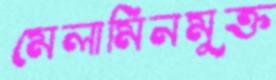
মেলামিনমুক্ত